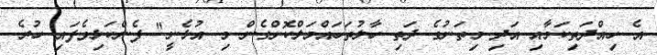
އެ ހިއްދަތިކަމާއި އަދި މިތަނުގެ ދަތި ހާލުތަހައްމަލްކޮށްގެން މި އުޅެނީ" ފެންކަޅިވެފައި ހުރެ